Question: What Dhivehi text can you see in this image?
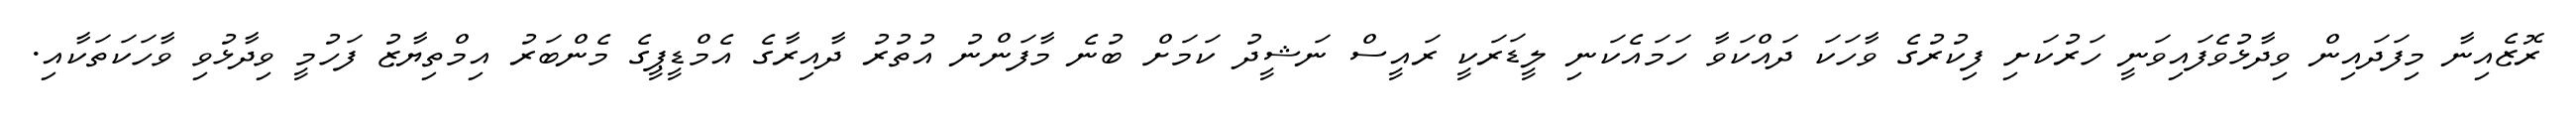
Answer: ރޮޒެއިނާ މިފަދައިން ވިދާޅުވެފައިވަނީ ހަރުކަށި ފިކުރުގެ ވާހަކަ ދައްކަވާ ހަމައެކަނި ލީޑަރަކީ ރައީސް ނަޝީދު ކަމަށް ބުނެ މާފަންނު އުތުރު ދާއިރާގެ އެމްޑީޕީގެ މެންބަރު އިމްތިޔާޒު ފަހުމީ ވިދާޅުވި ވާހަކަތަކާއި.